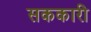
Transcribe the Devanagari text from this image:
सककारी